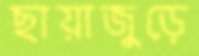
ছায়াজুড়ে